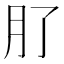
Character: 𭨥